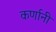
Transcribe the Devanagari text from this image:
कर्णानी